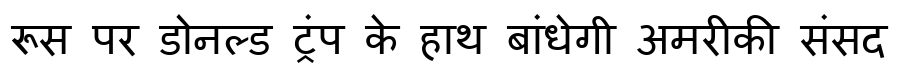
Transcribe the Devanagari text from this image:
रूस पर डोनल्ड ट्रंप के हाथ बांधेगी अमरीकी संसद